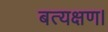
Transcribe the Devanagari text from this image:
बत्यक्षण।